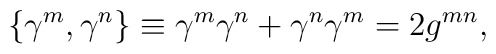
\{\gamma^{m},\gamma^{n}\}\equiv\gamma^{m} \gamma^{n}+\gamma^{n}\gamma^{m}=2g^{mn},